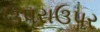
ઉપરાઉપર